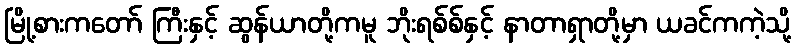
မြို့စားကတော် ကြီးနှင့် ဆွန်ယာတို့ကမူ ဘိုးရစ်စ်နှင့် နာတာရှာတို့မှာ ယခင်ကကဲ့သို့